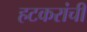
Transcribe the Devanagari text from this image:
हटकरांची